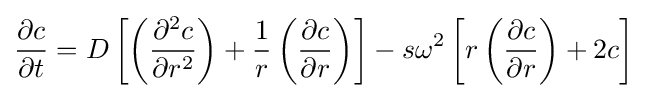
{\frac {\partial c}{\partial t}}=D\left[\left({\frac {\partial ^{2}c}{\partial r^{2}}}\right)+{\frac {1}{r}}\left({\frac {\partial c}{\partial r}}\right)\right]-s\omega ^{2}\left[r\left({\frac {\partial c}{\partial r}}\right)+2c\right]